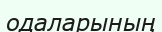
одаларының